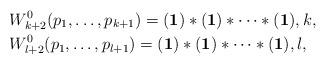
LaTeX: \begin{align*}&W^0_{k+2}(p_1,\dots,p_{k+1})=(\mathbf{1})\ast(\mathbf{1})\ast\dots\ast(\mathbf{1}), k,\\&W^0_{l+2}(p_1,\dots,p_{l+1})=(\mathbf{1})\ast(\mathbf{1})\ast\dots\ast(\mathbf{1}), l,\end{align*}